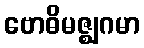
ဗောဓိမဇ္ဈဂမာ